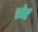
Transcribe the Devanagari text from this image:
शोर्ड